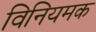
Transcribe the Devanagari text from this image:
विनियमक